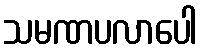
သမဏပလာပေါ